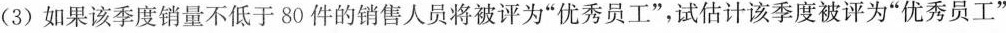
( 3 ) 如果该季度销量不低于80件的销售人员将被评为”优秀员工”，试估计该季度被评为”优秀员工”